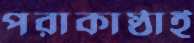
পরাকাষ্ঠাই